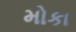
મોકા